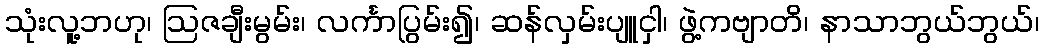
သုံးလူ့ဘဟု၊ ဩဇချီးမွမ်း၊ လင်္ကာပြွမ်း၍၊ ဆန်လှမ်းပျူငှါ၊ ဖွဲ့ကဗျာတိ၊ နာသာဘွယ်ဘွယ်၊